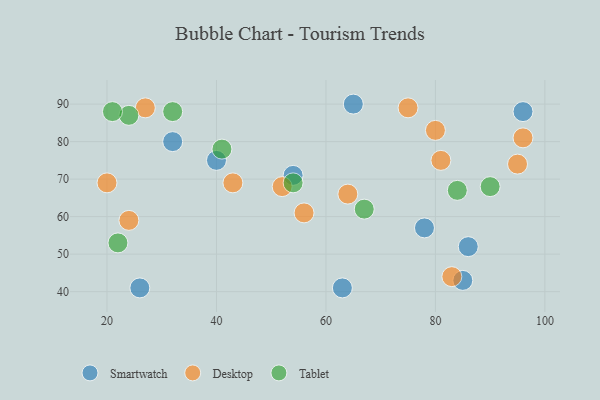
{"axis": {"x": "GDP", "y": "Life Expectancy"}, "legend": ["Desktop", "Smartwatch", "Tablet"], "data": [{"x": "85", "y": 43, "type": "Smartwatch"}, {"x": "54", "y": 71, "type": "Smartwatch"}, {"x": "32", "y": 80, "type": "Smartwatch"}, {"x": "40", "y": 75, "type": "Smartwatch"}, {"x": "78", "y": 57, "type": "Smartwatch"}, {"x": "63", "y": 41, "type": "Smartwatch"}, {"x": "65", "y": 90, "type": "Smartwatch"}, {"x": "96", "y": 88, "type": "Smartwatch"}, {"x": "26", "y": 41, "type": "Smartwatch"}, {"x": "86", "y": 52, "type": "Smartwatch"}, {"x": "75", "y": 89, "type": "Desktop"}, {"x": "96", "y": 81, "type": "Desktop"}, {"x": "81", "y": 75, "type": "Desktop"}, {"x": "83", "y": 44, "type": "Desktop"}, {"x": "95", "y": 74, "type": "Desktop"}, {"x": "56", "y": 61, "type": "Desktop"}, {"x": "64", "y": 66, "type": "Desktop"}, {"x": "20", "y": 69, "type": "Desktop"}, {"x": "43", "y": 69, "type": "Desktop"}, {"x": "52", "y": 68, "type": "Desktop"}, {"x": "24", "y": 59, "type": "Desktop"}, {"x": "80", "y": 83, "type": "Desktop"}, {"x": "27", "y": 89, "type": "Desktop"}, {"x": "24", "y": 87, "type": "Tablet"}, {"x": "22", "y": 53, "type": "Tablet"}, {"x": "84", "y": 67, "type": "Tablet"}, {"x": "21", "y": 88, "type": "Tablet"}, {"x": "32", "y": 88, "type": "Tablet"}, {"x": "67", "y": 62, "type": "Tablet"}, {"x": "90", "y": 68, "type": "Tablet"}, {"x": "41", "y": 78, "type": "Tablet"}, {"x": "54", "y": 69, "type": "Tablet"}]}